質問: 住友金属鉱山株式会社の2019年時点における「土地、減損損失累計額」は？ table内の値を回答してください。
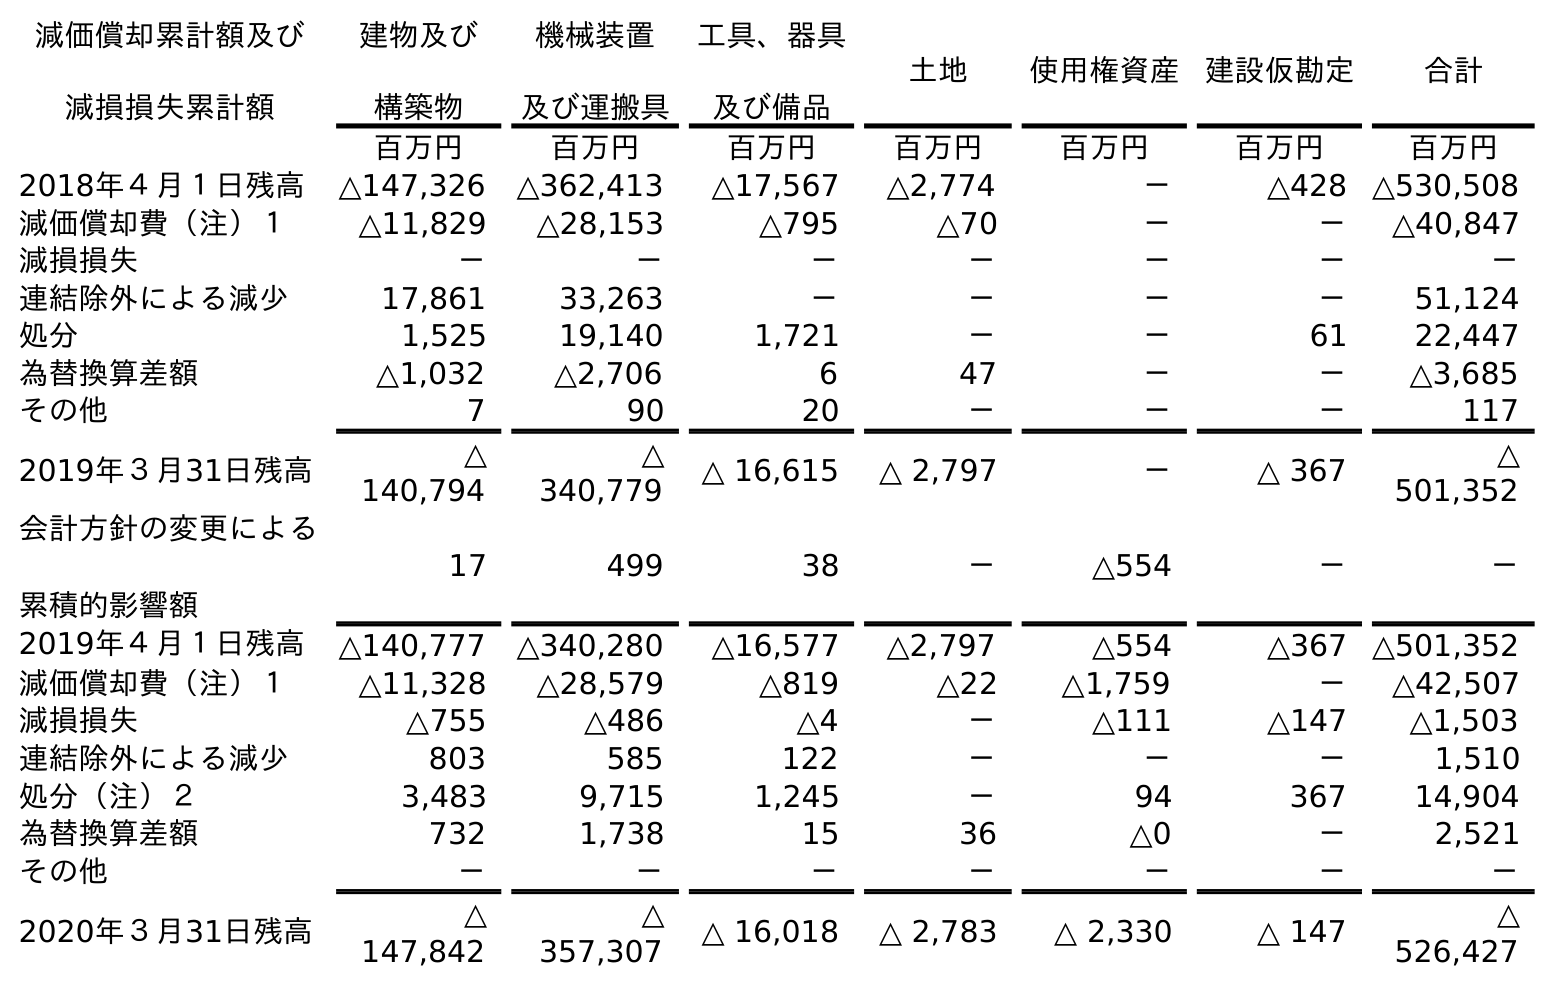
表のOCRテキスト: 減価償却累計額及び 減損損失累計額 建物及び 構築物 機械装置 及び運搬具 工具、器具 及び備品 土地 使用権資産 建設仮勘定 合計 百万円 百万円 百万円 百万円 百万円 百万円 百万円 2018年４月１日残高 △147,326 △362,413 △17,567 △2,774 － △428 △530,508 減価償却費（注）１ △11,829 △28,153 △795 △70 － － △40,847 減損損失 － － － － － － － 連結除外による減少 17,861 33,263 － － － － 51,124 処分 1,525 19,140 1,721 － － 61 22,447 為替換算差額 △1,032 △2,706 6 47 － － △3,685 その他 7 90 20 － － － 117 2019年３月31日残高 △ 140,794 △ 340,779 △ 16,615 △ 2,797 － △ 367 △ 501,352 会計方針の変更による 累積的影響額 17 499 38 － △554 － － 2019年４月１日残高 △140,777 △340,280 △16,577 △2,797 △554 △367 △501,352 減価償却費（注）１ △11,328 △28,579 △819 △22 △1,759 － △42,507 減損損失 △755 △486 △4 － △111 △147 △1,503 連結除外による減少 803 585 122 － － － 1,510 処分（注）２ 3,483 9,715 1,245 － 94 367 14,904 為替換算差額 732 1,738 15 36 △0 － 2,521 その他 － － － － － － － 2020年３月31日残高 △ 147,842 △ 357,307 △ 16,018 △ 2,783 △ 2,330 △ 147 △ 526,427
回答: △2,797